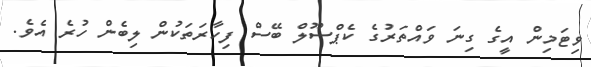
ވިޓަމިން އީގެ ގިނަ ވައްތަރުގެ ކެޕްސޫލް ބޭސް ފިހާރަތަކުން ލިބެން ހުރެ އެވެ.